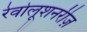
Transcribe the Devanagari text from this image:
रेवोलूशनरीज़